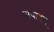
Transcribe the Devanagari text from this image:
संपादन्